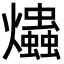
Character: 爞